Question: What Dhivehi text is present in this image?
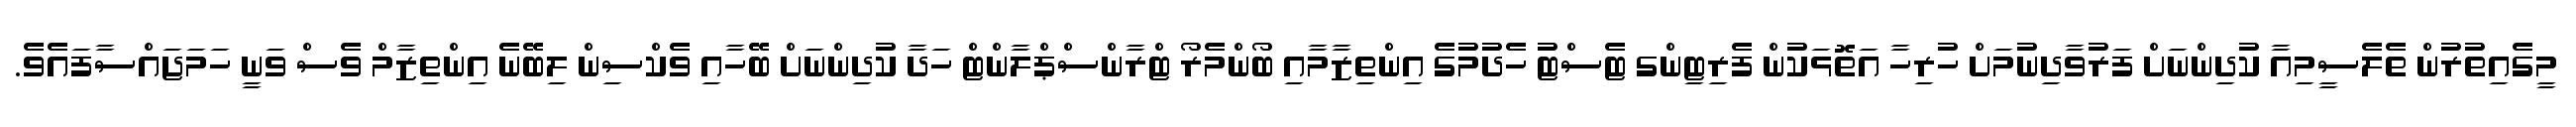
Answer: މީގެއިތުރުން ތެލެސީމިއާ ކުދިންނަށް ފަރުވާދިނުމަށް ހުރިހާ އަތޮޅަކުން ފެރިޓިންގ ޓެސްޓު ހެދުމުގެ އިންތިޒާމާއި ބޯންމެރޯ ޓްރާންސްޕްލާންޓް ހަދާ ކުދިންނަށް ބޭހާއި ވެކްސިން ލިބޭނެ އިންތިޒާމް ވެސް ވަނީ ހަމަޖައްސާފައެވެ.